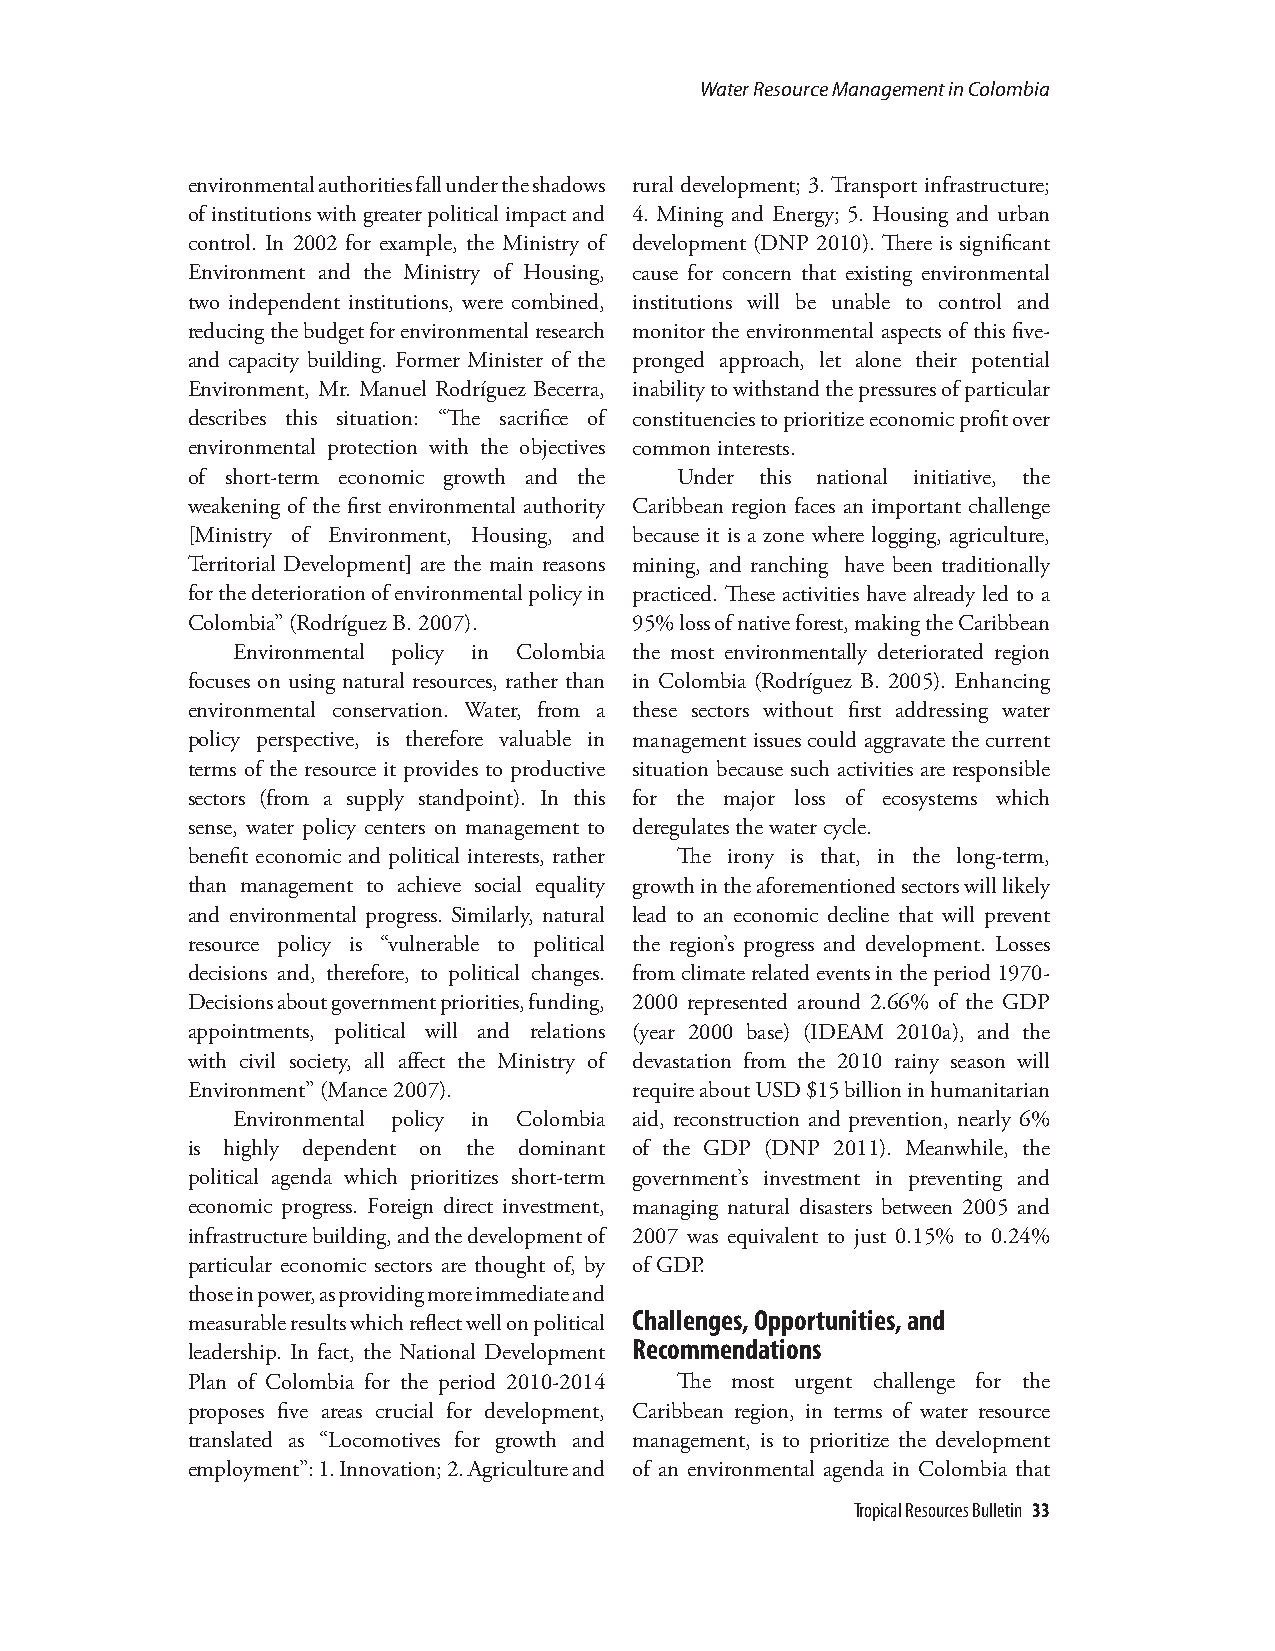
Water Resource Management in Colombia
 environmental authorities fall under the shadows rural development; 3. Transport infrastructure;
 of institutions with greater political impact and 4. Mining and Energy; 5. Housing and urban
 control. In 2002 for example, the Ministry of development (DNP 2010). There is significant
 Environment and the Ministry of Housing, cause for concern that existing environmental
 two independent institutions, were combined, institutions will be unable to control and
 reducing the budget for environmental research monitor the environmental aspects of this five-
 and capacity building. Former Minister of the pronged approach, let alone their potential
 Environment, Mr. Manuel Rodríguez Becerra, inability to withstand the pressures of particular
 describes this situation: “The sacrifice of constituencies to prioritize economic profit over
 environmental protection with the objectives common interests.
 of short-term economic growth and the Under this national initiative, the
 weakening of the first environmental authority Caribbean region faces an important challenge
 [Ministry of Environment, Housing, and because it is a zone where logging, agriculture,
 Territorial Development] are the main reasons mining, and ranching have been traditionally
 for the deterioration of environmental policy in practiced. These activities have already led to a
 Colombia” (Rodríguez B. 2007). 95% loss of native forest, making the Caribbean
 Environmental policy in Colombia the most environmentally deteriorated region
 focuses on using natural resources, rather than in Colombia (Rodríguez B. 2005). Enhancing
 environmental conservation. Water, from a these sectors without first addressing water
 policy perspective, is therefore valuable in management issues could aggravate the current
 terms of the resource it provides to productive situation because such activities are responsible
 sectors (from a supply standpoint). In this for the major loss of ecosystems which
 sense, water policy centers on management to deregulates the water cycle.
 benefit economic and political interests, rather The irony is that, in the long-term,
 than management to achieve social equality growth in the aforementioned sectors will likely
 and environmental progress. Similarly, natural lead to an economic decline that will prevent
 resource policy is “vulnerable to political the region’s progress and development. Losses
 decisions and, therefore, to political changes. from climate related events in the period 1970-
 Decisions about government priorities, funding, 2000 represented around 2.66% of the GDP
 appointments, political will and relations (year 2000 base) (IDEAM 2010a), and the
 with civil society, all affect the Ministry of devastation from the 2010 rainy season will
 Environment” (Mance 2007).    require about USD $15 billion in humanitarian
 Environmental policy in Colombia aid, reconstruction and prevention, nearly 6%
 is highly dependent on the dominant of the GDP (DNP 2011). Meanwhile, the
 political agenda which prioritizes short-term government’s investment in preventing and
 economic progress. Foreign direct investment, managing natural disasters between 2005 and
 infrastructure building, and the development of 2007 was equivalent to just 0.15% to 0.24%
 particular economic sectors are thought of, by of GDP.
 those in power, as providing more immediate and
 Challenges, Opportunities, and
 measurable results which reflect well on political
 Recommendations
 leadership. In fact, the National Development
 Plan of Colombia for the period 2010-2014 The most urgent challenge for the
 proposes five areas crucial for development, Caribbean region, in terms of water resource
 translated as “Locomotives for growth and management, is to prioritize the development
 employment”: 1. Innovation; 2. Agriculture and of an environmental agenda in Colombia that
 Tropical Resources Bulletin 33